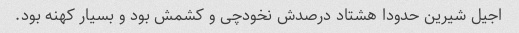
اجیل شیرین حدودا هشتاد درصدش نخودچی و کشمش بود و بسیار کهنه بود.